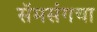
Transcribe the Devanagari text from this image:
सॅमसंगचा